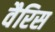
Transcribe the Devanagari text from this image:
वैरिस